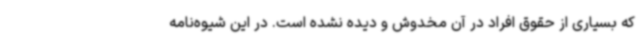
که بسیاری از حقوق افراد در آن مخدوش و دیده نشده است. در این شیوه‌نامه